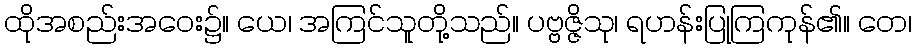
ထိုအစည်းအဝေး၌။ ယေ၊ အကြင်သူတို့သည်။ ပဗ္ဗဇ္ဇိသု၊ ရဟန်းပြုကြကုန်၏။ တေ၊